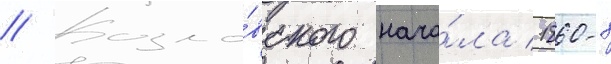
// Козло́вского нача́ла 1860-х